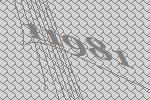
11981